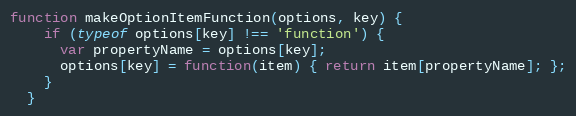
Language: JavaScript
function makeOptionItemFunction(options, key) {
    if (typeof options[key] !== 'function') {
      var propertyName = options[key];
      options[key] = function(item) { return item[propertyName]; };
    }
  }